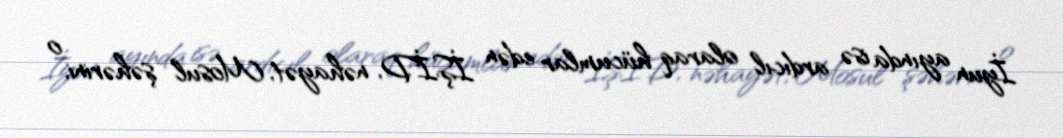
İyun ayında isə ardıcıl olaraq hücumlar edən İŞİD, nəhayət, Mosul şəhərini, o